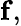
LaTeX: \mathbf{f},